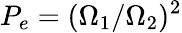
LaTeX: P_{e}=(\Omega_{1}/\Omega_{2})^{2}